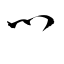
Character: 鬥